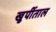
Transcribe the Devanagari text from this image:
खुर्पीताल